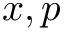
x , p